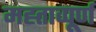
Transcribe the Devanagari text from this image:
मह्ताव्पूर्ण